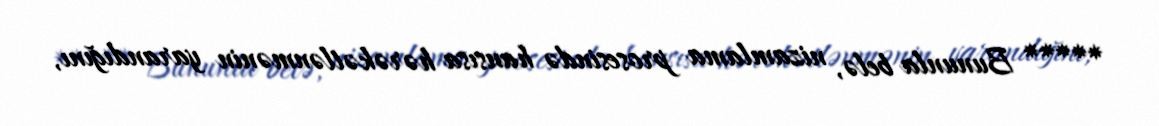
***** Bununla belə, nizamlama prosesində hansısa hərəkətlənmənin yarandığını,